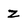
Character: z